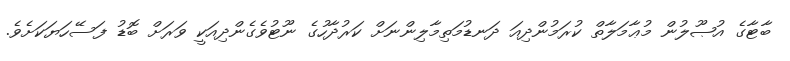
ބާޓާގެ އުޞޫލުން މުޢާމަލާތް ކުރަމުންދިއަ ދަނޑުމަތިމާލިންނަށް ކަރުދާހުގެ ނޫޓުވެގެންދިއަކީ ވަރަށް ބޮޑު ފަސޭހަޔަކަށެވެ.